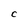
Character: C